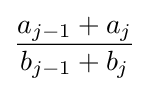
{\frac {a_{j-1}+a_{j}}{b_{j-1}+b_{j}}}